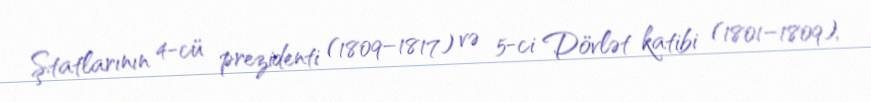
Ştatlarının 4-cü prezidenti (1809–1817) və 5-ci Dövlət katibi (1801–1809),